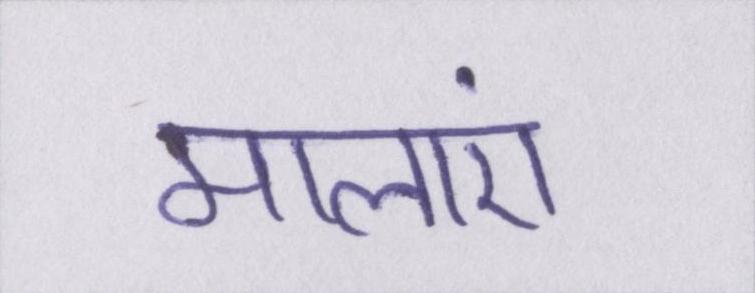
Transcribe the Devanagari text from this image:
मालाएं